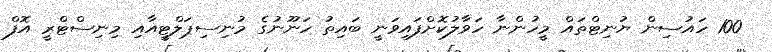
100 ހައުސިން ޔުނިޓްތައް މީހުންނާ ހަވާލުކޮށްފައިވަނީ ބައިތު ހަނޫނުގެ މުނިސިޕަލްޓީއާއި މިނިސްޓްރީ އޮފް